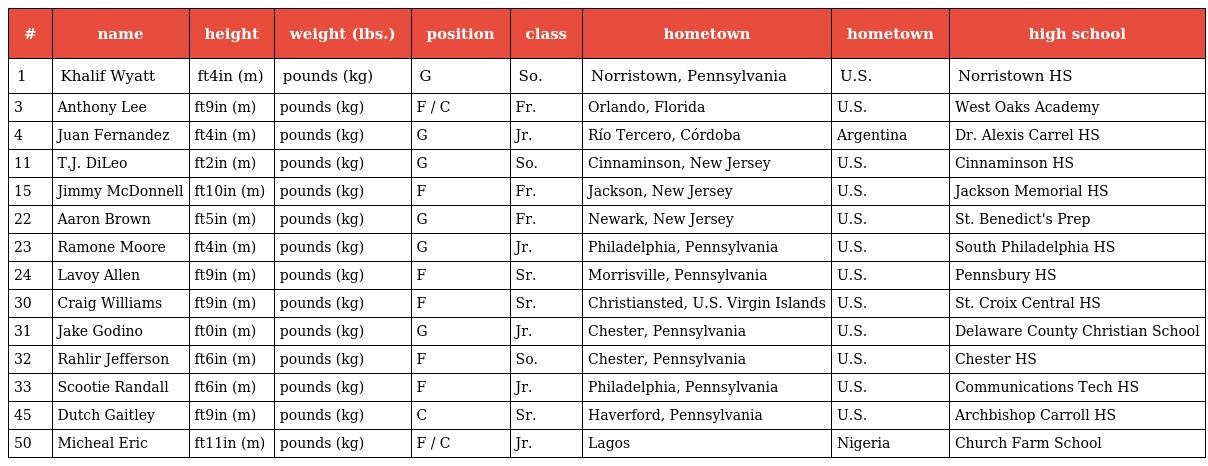
| # | name | height | weight (lbs.) | position | class | hometown | hometown | high school |
 | --- | --- | --- | --- | --- | --- | --- | --- | --- |
 | 1 | Khalif Wyatt | ft4in (m) | pounds (kg) | G | So. | Norristown, Pennsylvania | U.S. | Norristown HS |
 | 3 | Anthony Lee | ft9in (m) | pounds (kg) | F / C | Fr. | Orlando, Florida | U.S. | West Oaks Academy |
 | 4 | Juan Fernandez | ft4in (m) | pounds (kg) | G | Jr. | Río Tercero, Córdoba | Argentina | Dr. Alexis Carrel HS |
 | 11 | T.J. DiLeo | ft2in (m) | pounds (kg) | G | So. | Cinnaminson, New Jersey | U.S. | Cinnaminson HS |
 | 15 | Jimmy McDonnell | ft10in (m) | pounds (kg) | F | Fr. | Jackson, New Jersey | U.S. | Jackson Memorial HS |
 | 22 | Aaron Brown | ft5in (m) | pounds (kg) | G | Fr. | Newark, New Jersey | U.S. | St. Benedict's Prep |
 | 23 | Ramone Moore | ft4in (m) | pounds (kg) | G | Jr. | Philadelphia, Pennsylvania | U.S. | South Philadelphia HS |
 | 24 | Lavoy Allen | ft9in (m) | pounds (kg) | F | Sr. | Morrisville, Pennsylvania | U.S. | Pennsbury HS |
 | 30 | Craig Williams | ft9in (m) | pounds (kg) | F | Sr. | Christiansted, U.S. Virgin Islands | U.S. | St. Croix Central HS |
 | 31 | Jake Godino | ft0in (m) | pounds (kg) | G | Jr. | Chester, Pennsylvania | U.S. | Delaware County Christian School |
 | 32 | Rahlir Jefferson | ft6in (m) | pounds (kg) | F | So. | Chester, Pennsylvania | U.S. | Chester HS |
 | 33 | Scootie Randall | ft6in (m) | pounds (kg) | F | Jr. | Philadelphia, Pennsylvania | U.S. | Communications Tech HS |
 | 45 | Dutch Gaitley | ft9in (m) | pounds (kg) | C | Sr. | Haverford, Pennsylvania | U.S. | Archbishop Carroll HS |
 | 50 | Micheal Eric | ft11in (m) | pounds (kg) | F / C | Jr. | Lagos | Nigeria | Church Farm School |